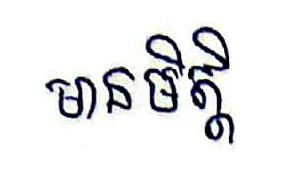
មានមិត្តិ